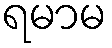
ရမာမ